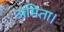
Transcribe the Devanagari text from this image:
अमिता।